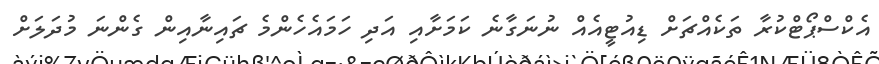
އެކްސްޕޯޓްކުރާ ތަކެއްޗަށް ޑިއުޓީއެއް ނުނަގާނެ ކަމަށާއި އަދި ހަމައެހެންމެ ޗައިނާއިން ގެންނަ މުދަލަށް